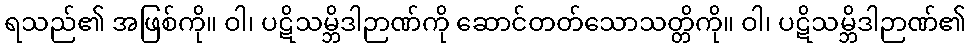
ရသည်၏ အဖြစ်ကို။ ဝါ၊ ပဋိသမ္ဘိဒါဉာဏ်ကို ဆောင်တတ်သောသတ္တိကို။ ဝါ၊ ပဋိသမ္ဘိဒါဉာဏ်၏